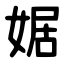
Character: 婮